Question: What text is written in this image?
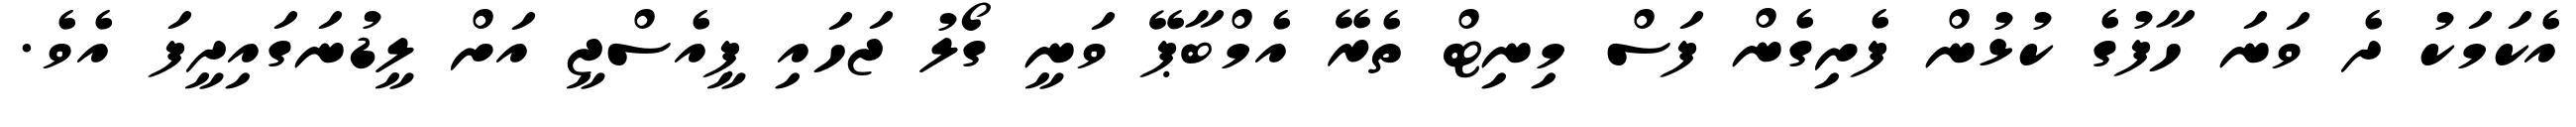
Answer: އެކަމަކު ދެ ވަނަ ހާފުގެ ކުޅުން ފެށިގެން ފަސް މިނިޓް ތެރޭ އެމްބާޕޭ ވަނީ ގޯލު ޖަހައި ޕީއެސްޖީ އަށް ލީޑުނަގައިދީފަ އެވެ.